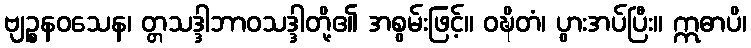
ဗျဉ္စနဝသေန၊ တ္တသဒ္ဒါဘာဝသဒ္ဒါတို့၏ အစွမ်းဖြင့်။ ဝဍ္ဎိတံ၊ ပွားအပ်ပြီး။ ဣဓာပိ၊